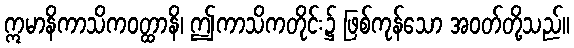
ဣမာနိကာသိကဝတ္ထာနိ၊ ဤကာသိကတိုင်း၌ ဖြစ်ကုန်သော အဝတ်တို့သည်။